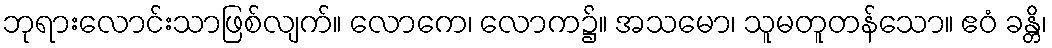
ဘုရားလောင်းသာဖြစ်လျက်။ လောကေ၊ လောက၌။ အသမော၊ သူမတူတန်သော။ ဧဝံ ခန္တိ၊